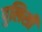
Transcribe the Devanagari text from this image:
पुलिसी